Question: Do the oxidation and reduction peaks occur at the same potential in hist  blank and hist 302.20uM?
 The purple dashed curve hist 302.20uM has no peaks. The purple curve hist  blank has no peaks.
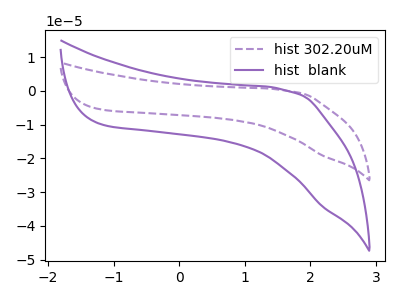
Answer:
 <answer>Niether CV has any peaks.</answer>
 <eval>blanks</eval>